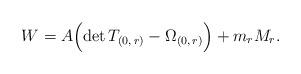
LaTeX: \begin{align*}W=A\Bigl (\mathrm{det}\,{T_{(0,\, r)}}-\Omega_{(0,\,r)}\Bigr)+m_{r}M_{r}.\end{align*}